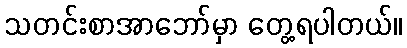
သတင်းစာအာဘော်မှာ တွေ့ရပါတယ်။